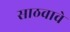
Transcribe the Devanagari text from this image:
साठवावे